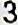
3